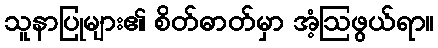
သူနာပြုများ၏ စိတ်ဓာတ်မှာ အံ့ဩဖွယ်ရာ။